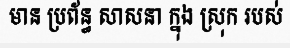
មាន ប្រព័ន្ធ សាសនា ក្នុង ស្រុក របស់